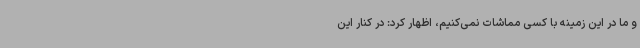
و ما در این زمینه با کسی مماشات نمی‌کنیم، اظهار کرد: در کنار این